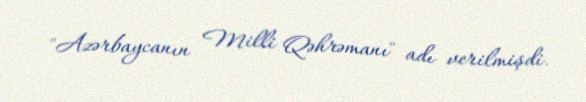
"Azərbaycanın Milli Qəhrəmanı" adı verilmişdi.